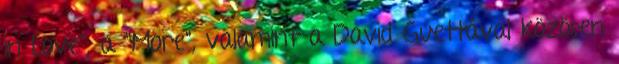
in Love", a "More", valamint a David Guettával közösen